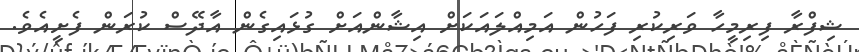
ޝިފްރާ ފިރިމީހާ ވަރިކުރި ފަހުން އަމިއްލައަކަށް އިޝާންއަށް ގުޅައިގެން އާދޭސް ކުރަން ފެށީއެވެ.